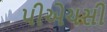
પીએચસી